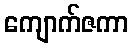
ကျောက်ဇကာ